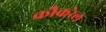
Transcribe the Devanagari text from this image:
कौकरेल